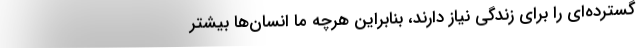
گسترده‌ای را برای زندگی نیاز دارند، بنابراین هرچه ما انسان‌ها بیشتر